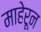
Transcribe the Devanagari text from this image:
माहेरून